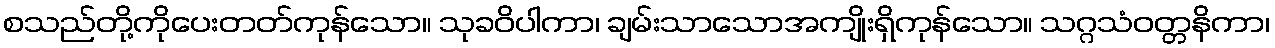
စသည်တို့ကိုပေးတတ်ကုန်သော။ သုခဝိပါကာ၊ ချမ်းသာသောအကျိုးရှိကုန်သော။ သဂ္ဂသံဝတ္တနိကာ၊